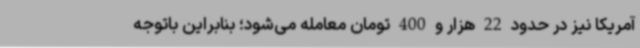
آمریکا نیز در حدود 22 هزار و 400 تومان معامله می‌شود؛ بنابراین باتوجه